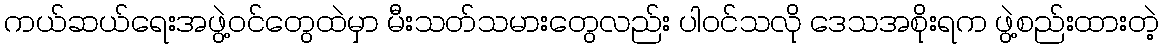
ကယ်ဆယ်ရေးအဖွဲ့ဝင်တွေထဲမှာ မီးသတ်သမားတွေလည်း ပါဝင်သလို ဒေသအစိုးရက ဖွဲ့စည်းထားတဲ့